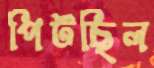
পিটছিল